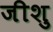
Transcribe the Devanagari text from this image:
जीशु